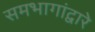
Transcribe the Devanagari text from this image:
समभागांद्वारे